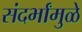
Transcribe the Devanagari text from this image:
संदर्भांमुळे